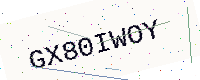
Text: GX80IWOY